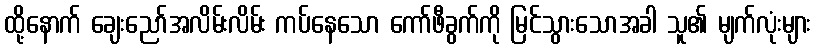
ထို့နောက် ချေးညော်အလိမ်းလိမ်း ကပ်နေသော ကော်ဖီခွက်ကို မြင်သွားသောအခါ သူ၏ မျက်လုံးများ